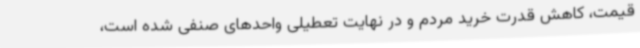
قیمت، کاهش قدرت خرید مردم و در نهایت تعطیلی واحدهای صنفی شده است،